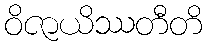
ဝိဇာယိဿတီတိ